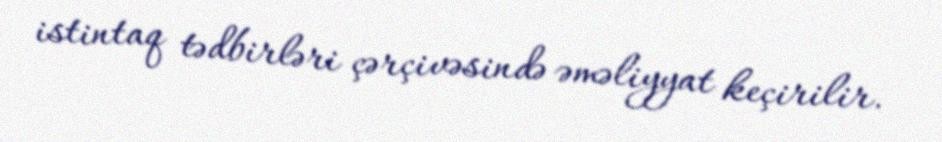
istintaq tədbirləri çərçivəsində əməliyyat keçirilir.